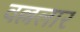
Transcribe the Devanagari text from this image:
वल्ललार